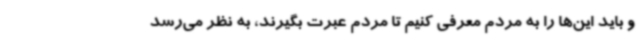
و باید این‌ها را به مردم معرفی کنیم تا مردم عبرت بگیرند، به نظر می‌رسد